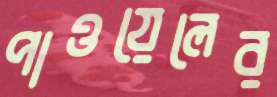
পাওয়েলের